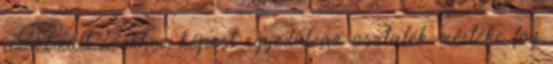
az elmúlt évekhez képest egyedül az osztalék mértéke fog